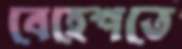
বেহেশতে